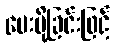
ပေးပို့ခြင်းဖြင့်